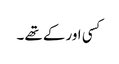
کسی اور کے تھے ۔